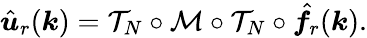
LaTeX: \hat{\boldsymbol u}_{r}(\boldsymbol k)=\mathcal{T}_{N}\circ\mathcal{M}\circ\mathcal{T}_{N}\circ\hat{\boldsymbol f}_{r}(\boldsymbol k).